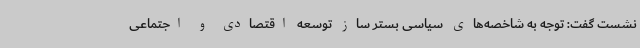
نشست گفت: توجه به شاخصه‌های سیاسی بستر ساز توسعه اقتصادی و اجتماعی